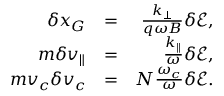
\begin{array} { r l r } { \delta x _ { G } } & { = } & { \frac { k _ { \perp } } { q \omega B } \delta \mathcal { E } \mathrm { , } } \\ { m \delta v _ { \parallel } } & { = } & { \frac { k _ { \parallel } } { \omega } \delta \mathcal { E } \mathrm { , } } \\ { m v _ { c } \delta v _ { c } } & { = } & { N \frac { \omega _ { c } } { \omega } \delta \mathcal { E } \mathrm { . } } \end{array}